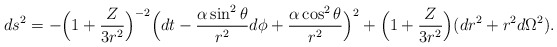
\begin{align*}ds^2=-\Big(1+{Z\over 3r^2}\Big)^{-2}\Big(dt-{\alpha\sin^2\theta\over r^2} d\phi+{\alpha\cos^2\theta\over r^2}\Big)^2+\Big(1+{Z\over 3r^2}\Big)(dr^2+r^2d\Omega^2).\end{align*}